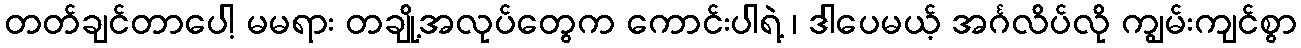
တတ်ချင်တာပေါ့ မမရား တချို့အလုပ်တွေက ကောင်းပါရဲ့ ၊ ဒါပေမယ့် အင်္ဂလိပ်လို ကျွမ်းကျင်စွာ